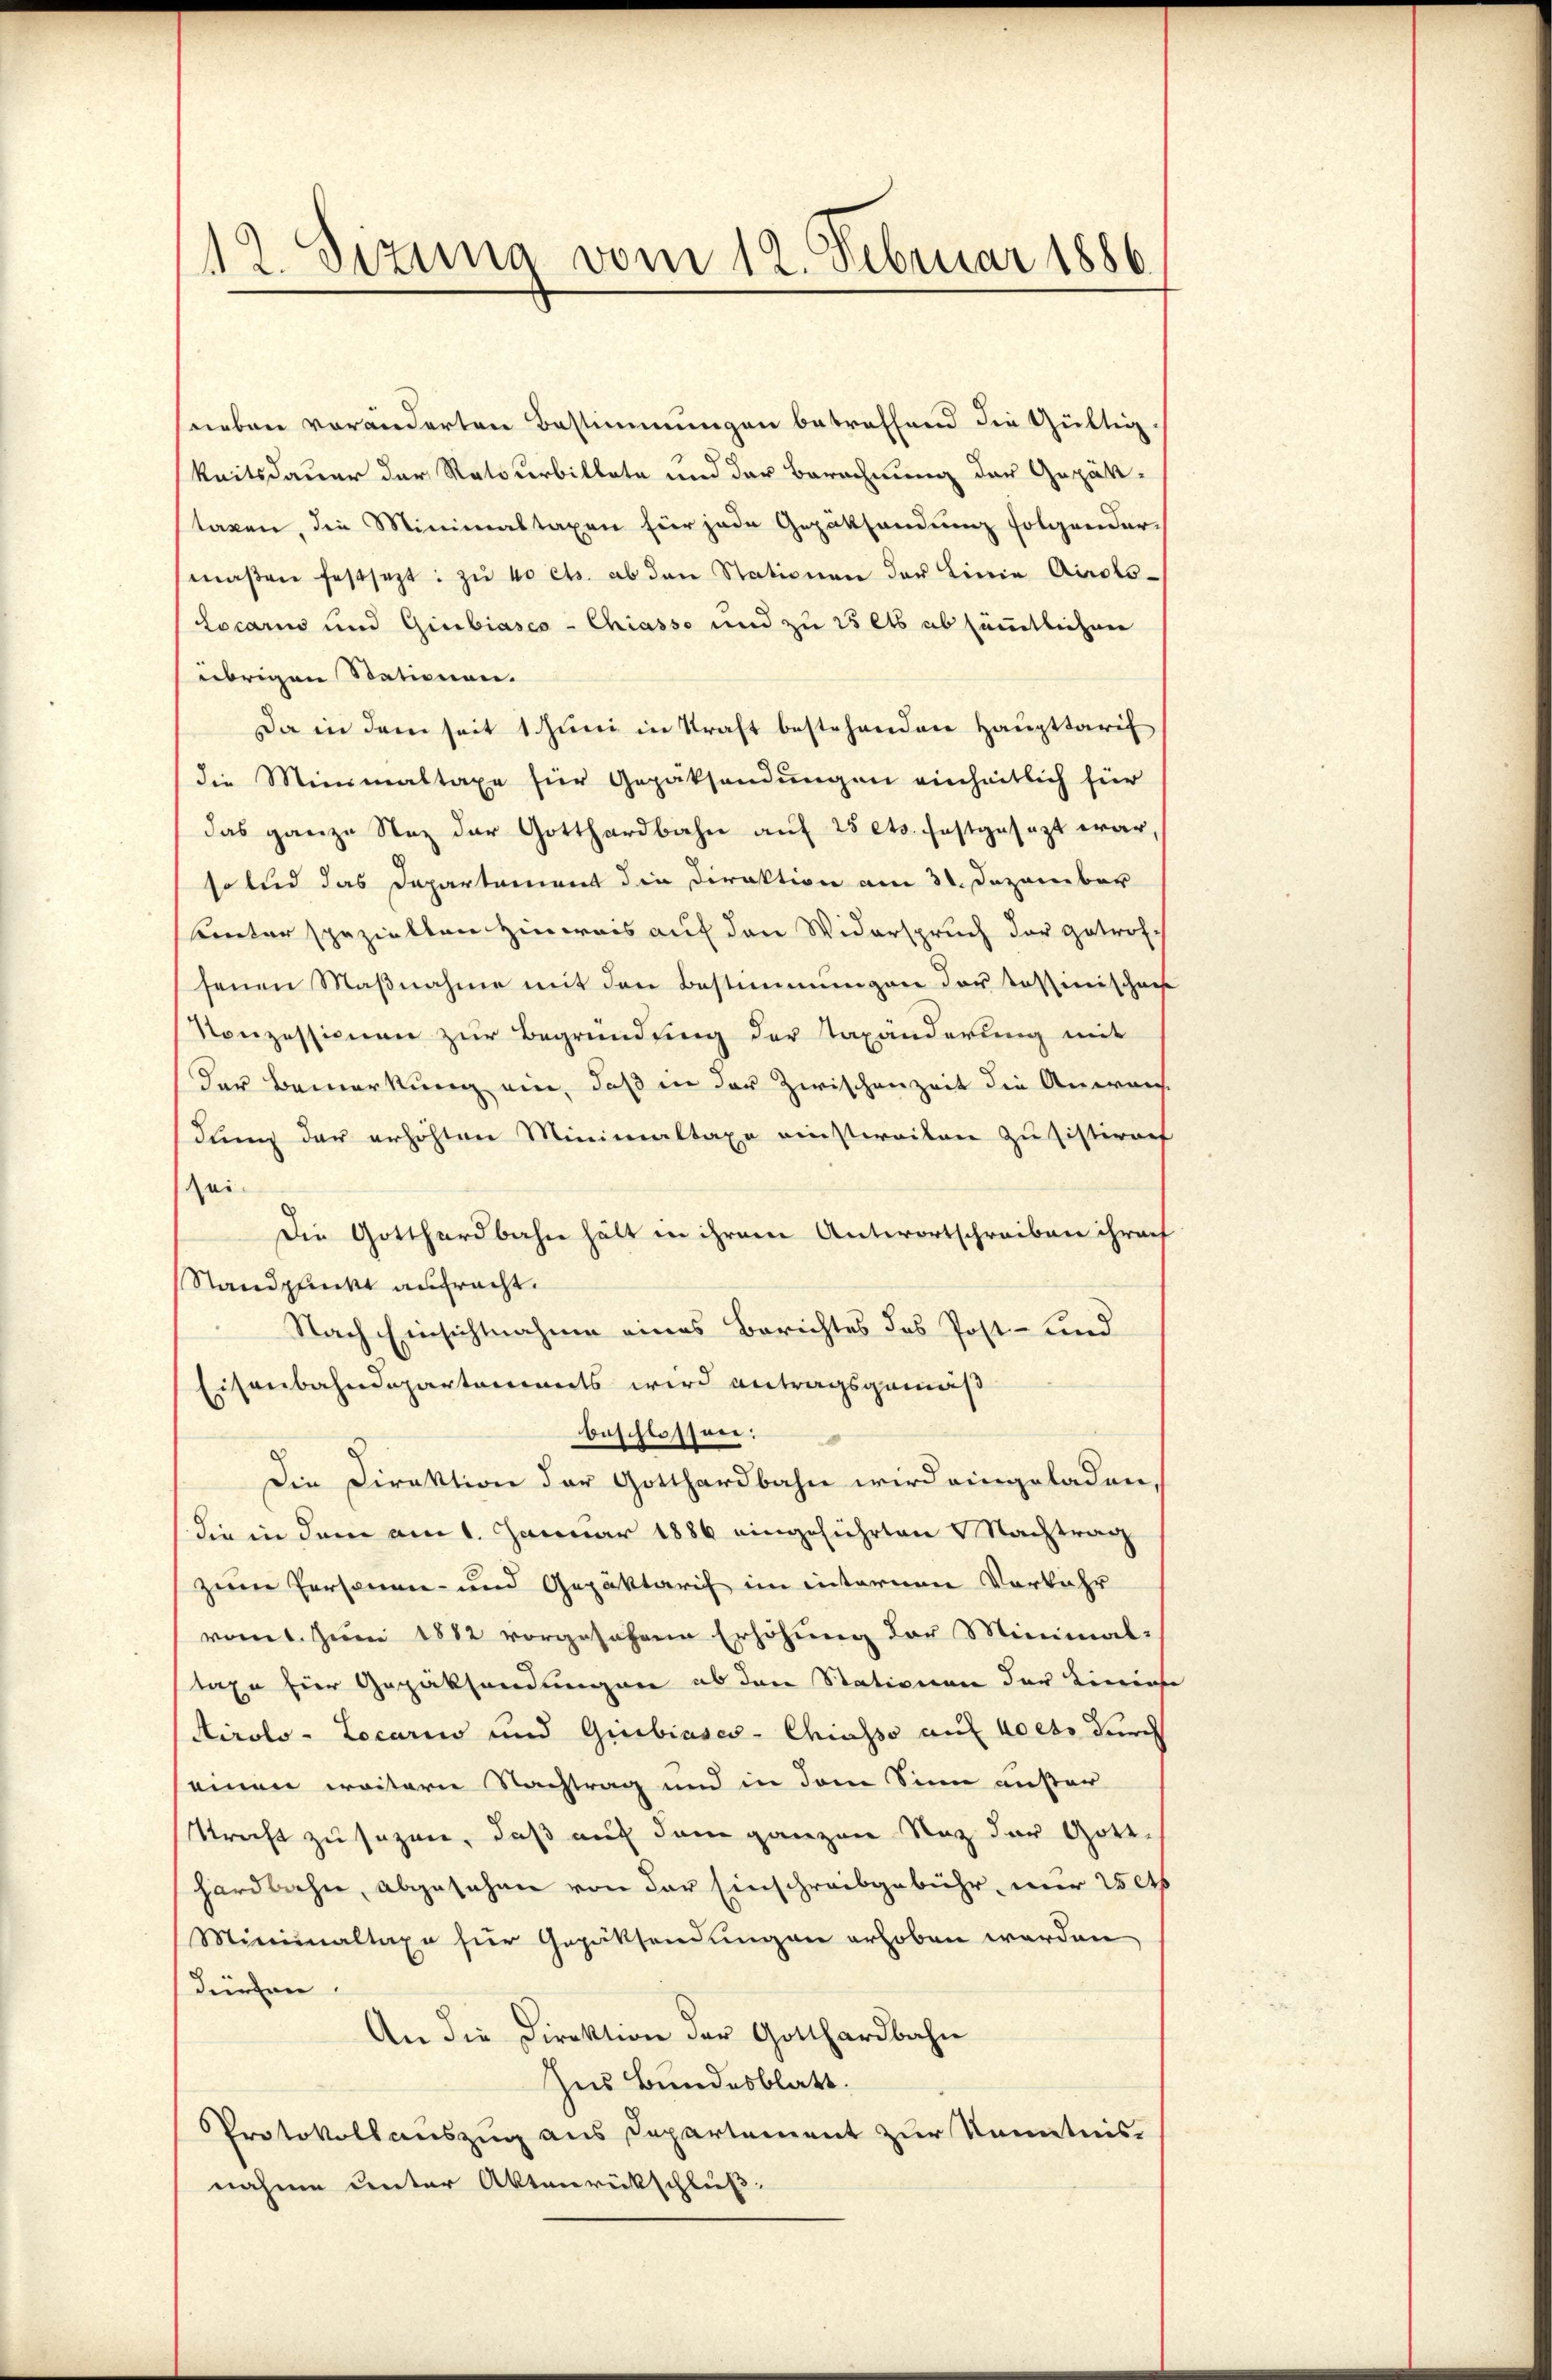
12. Sizung vom 12. Februar 1886

sneben veränderten Bestimmungen betreffend die Gültig
keitsdauer der Ratsurbillete und der Berechnung der Gepäk-
taxen, die Minimaltaxen für jede Gepäksendung folgender-
maβen festsezt: zu 40 cts. ab den Stationen der Linie Airols-
Locarius und Giubiasco-Chiasso und zu 15 als absämmtlichen
übrigen Stationen.
Da in dem seit 1. Juni in Kraft bestehenden Haupttarif
die Minimaltaxe für Gepäksendungen einheitlich für
das ganze Nez der Gotthardbahn auf 25 ets. festgesezt war,
so leid das Departement die Direktion am 31. Dezember
(hinter spezielten Hinweis auf den Widerspruch der getrof
senen Maßnahme mit den Bestimmungen der Tessinischei
Konzessionen zur Begründung der Taxänderung mit
der Bemerkung ein, daß in der Zwischenzeit die Anweich
dung der erhöhten Minimaltaxe einstweilen zu sistiren
Zei-
Die Gotthardbahn hält in ihrem Antwortschreiben ihren
Standpunkt aufracht.
Nach Einsichtnahme eines Berichtes des Post- und
isenbahndepartements wird antragsgemäß
beschlossen:
Die Direktion der Gotthardbahn wird eingeladen,
die in dem am 1. Januar 1886 eingeführten Nachtrag
zwen Personen- und Gepäktarif im internen Vorfahr
vomt. Juni 1882 vorgesehene Erhöhung der Minimal-
taxe für Gepäksendungen ob den Stationen der Linie
Airolo -Locarius und Giubiases-Chiasso auf 40 cts durch
seinen weitern Nachtrag und in dem Sinn außer
Kracht zu sezen, daß auch dem ganzen Naz der Gott-
hardbahn, abgesehen von der Einschreibgebühr, nur 20 cts
Minimaltaxe für Gepäcksendungen erhoben werden,
dürfen.
An die Direktion der Gotthardbahn
Ins Bundesblatt.
PProtokollauszug aus Departement zur Kenntnis-
nahme unter Aktenrückschluß:

e